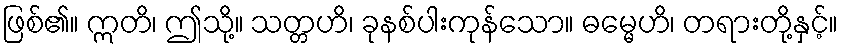
ဖြစ်၏။ ဣတိ၊ ဤသို့။ သတ္တဟိ၊ ခုနစ်ပါးကုန်သော။ ဓမ္မေဟိ၊ တရားတို့နှင့်။